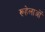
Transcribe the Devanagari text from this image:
रूहेलाओं